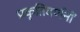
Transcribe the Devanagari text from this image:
प्रकृतिवर्णनों